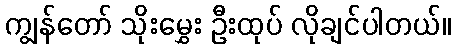
ကျွန်တော် သိုးမွှေး ဦးထုပ် လိုချင်ပါတယ်။